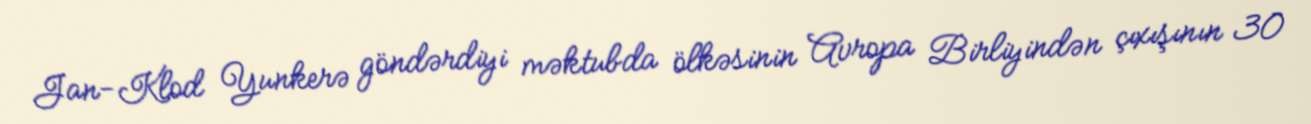
Jan-Klod Yunkerə göndərdiyi məktubda ölkəsinin Avropa Birliyindən çıxışının 30